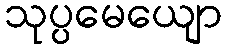
သုပ္ပမေယျော